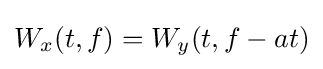
W_{x}(t,f)=W_{y}(t,f-at)